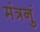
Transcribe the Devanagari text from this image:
मंत्रनुं